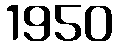
1950